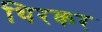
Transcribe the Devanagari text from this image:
थिरकर